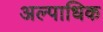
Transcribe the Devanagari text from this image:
अल्पाधिक